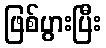
ဖြစ်ပွားပြီး